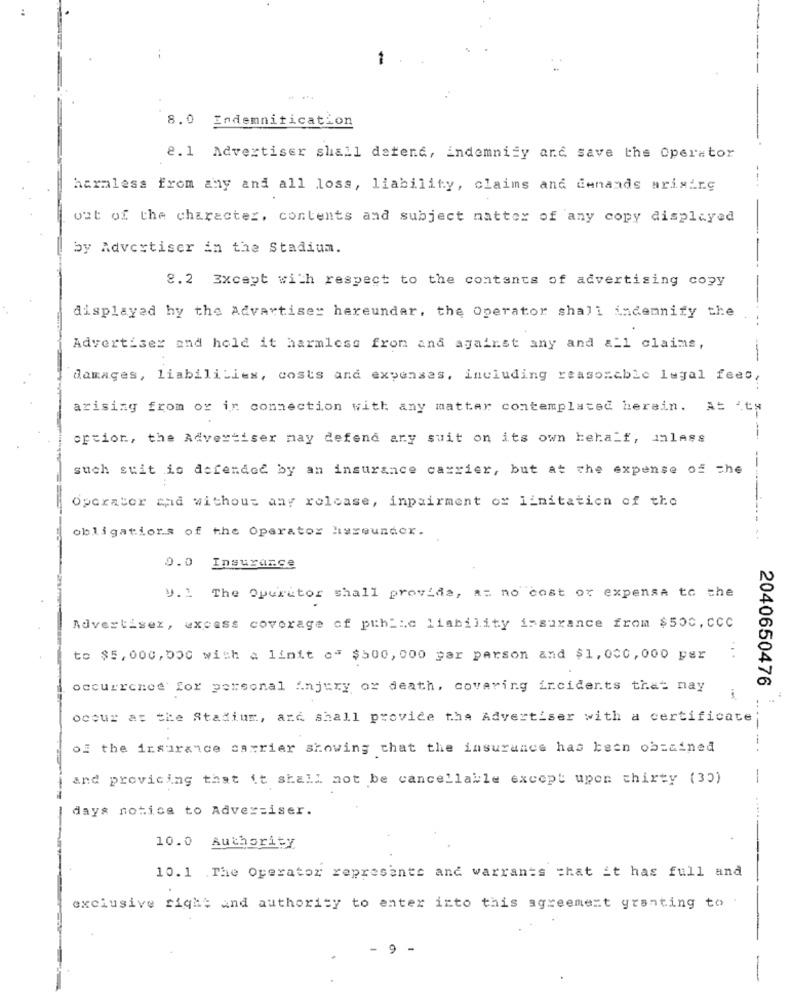
-
8.0 Indemnitication
8.1 Advertiser shall defend, indemniży and save the Operator
haraless from any and all loss, liability, claims and denands arising
out of the character, contents and subject matter of any copy displayed
by Advertiser in the Stadium.
8.2 Except with respect to the contents of advertising copy
displayed hy the Advartiser hereundar, the Operator shall indemnify the
Advertiser and hold it harmless from and against any and a_1 claims,
damages, liabilities, costs and expenses, including reasonable legal fees,
arising from or in connection with any matter contemplated herein. A= aty
option, the Advertiser may defend ary suit on its own behalf, unless
-
such suit is defended by an insurance carrier, but at the expense of the
Operator and without any release, impairment or limitation of the
obligations of the Operator lisseunder.
0.0 Insurance
V. The Operator shall provide, at no cost or expense to the
Advertisez, excess coverage of public liability insurance from $500, CCC
to $5,000, 000 with a linit c" $500,000 per person and $1,000, 000 per
2040650476
occurrence for personal injury or death, covering incidents that nay
occur at the Stadium, and shall provide the Advertiser with a certificate
of the insurance carrier showing that the insurance has been obtained
and provicing that it shall not be cancellable except upon thirty (30)
-
days notice to Advertiser.
10.0
Authority
10.1 .The Operator represents and warrants that it has full and
exclusive right and authority to enter into this agreement granting to
9
-